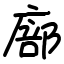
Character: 廍